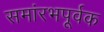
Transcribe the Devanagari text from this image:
समांरभपूर्वक